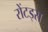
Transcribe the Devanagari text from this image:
रोंटड्स